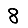
Digit: 8